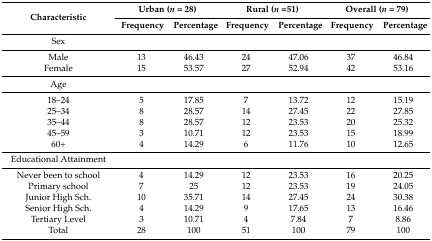
<table><thead><tr><td rowspan="2"><b>Characteristic</b></td><td colspan="2"><b>Urban (<i>n</i> = 28)</b></td><td colspan="2"><b>Rural (<i>n</i> =51)</b></td><td colspan="2"><b>Overall (<i>n</i> = 79)</b></td></tr><tr><td><b>Frequency</b></td><td><b>Percentage</b></td><td><b>Frequency</b></td><td><b>Percentage</b></td><td><b>Frequency</b></td><td><b>Percentage</b></td></tr></thead><tbody><tr><td>Sex</td><td></td><td></td><td></td><td></td><td></td><td></td></tr><tr><td>Male</td><td>13</td><td>46.43</td><td>24</td><td>47.06</td><td>37</td><td>46.84</td></tr><tr><td>Female</td><td>15</td><td>53.57</td><td>27</td><td>52.94</td><td>42</td><td>53.16</td></tr><tr><td>Age</td><td></td><td></td><td></td><td></td><td></td><td></td></tr><tr><td>18–24</td><td>5</td><td>17.85</td><td>7</td><td>13.72</td><td>12</td><td>15.19</td></tr><tr><td>25–34</td><td>8</td><td>28.57</td><td>14</td><td>27.45</td><td>22</td><td>27.85</td></tr><tr><td>35–44</td><td>8</td><td>28.57</td><td>12</td><td>23.53</td><td>20</td><td>25.32</td></tr><tr><td>45–59</td><td>3</td><td>10.71</td><td>12</td><td>23.53</td><td>15</td><td>18.99</td></tr><tr><td>60+</td><td>4</td><td>14.29</td><td>6</td><td>11.76</td><td>10</td><td>12.65</td></tr><tr><td>Educational Attainment</td><td></td><td></td><td></td><td></td><td></td><td></td></tr><tr><td>Never been to school</td><td>4</td><td>14.29</td><td>12</td><td>23.53</td><td>16</td><td>20.25</td></tr><tr><td>Primary school</td><td>7</td><td>25</td><td>12</td><td>23.53</td><td>19</td><td>24.05</td></tr><tr><td>Junior High Sch.</td><td>10</td><td>35.71</td><td>14</td><td>27.45</td><td>24</td><td>30.38</td></tr><tr><td>Senior High Sch.</td><td>4</td><td>14.29</td><td>9</td><td>17.65</td><td>13</td><td>16.46</td></tr><tr><td>Tertiary Level</td><td>3</td><td>10.71</td><td>4</td><td>7.84</td><td>7</td><td>8.86</td></tr><tr><td>Total</td><td>28</td><td>100</td><td>51</td><td>100</td><td>79</td><td>100</td></tr></tbody></table>